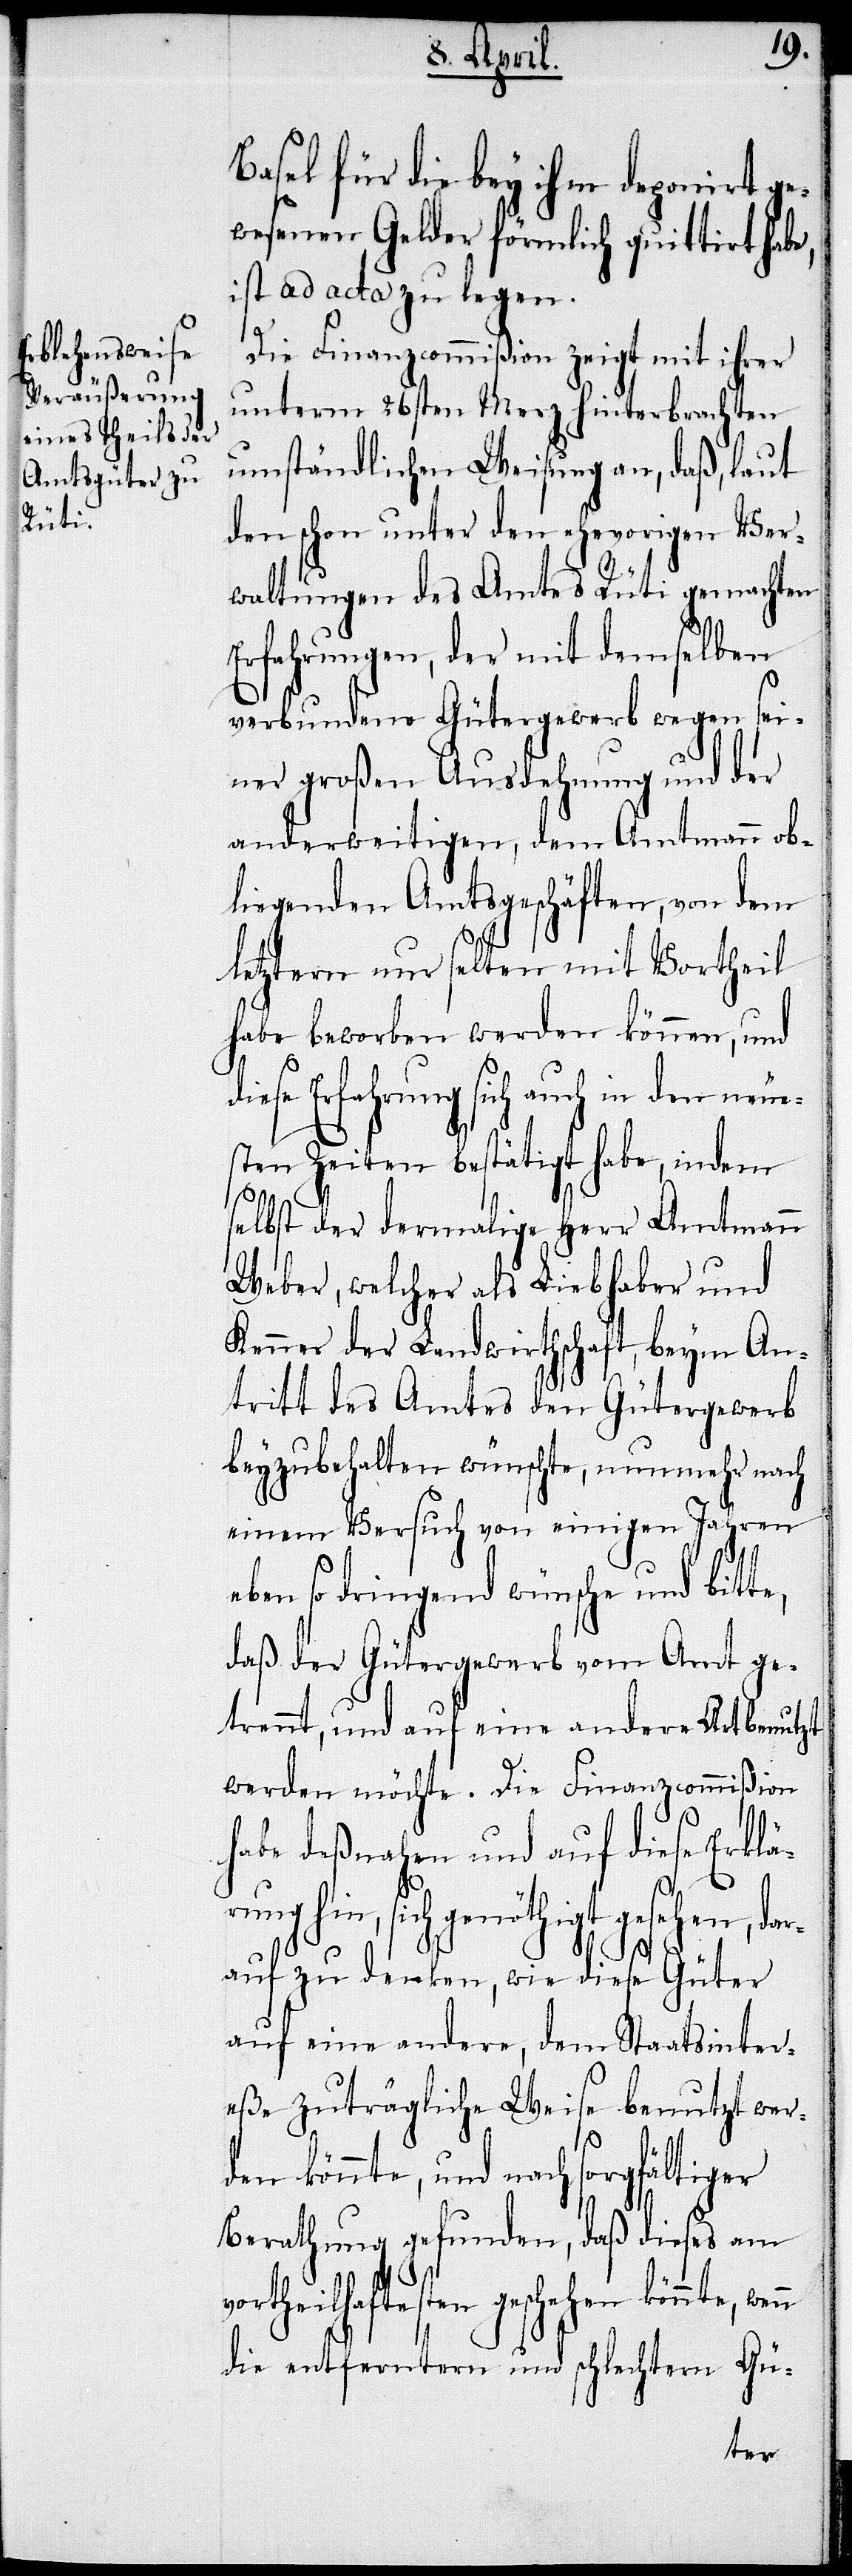
Basel für die bey ihm deponirt ge¬
wesenen Gelder förmlich quittirt habe,
ist ad acta zu legen.
Die Finanzcommißion zeigt mit ihrer
unterm 26sten Merz hinterbrachten
umständlichen Weisung an, daß, laut
den schon unter den ehevorigen Ver¬
waltungen des Amtes Rüti gemachten
Erfahrungen, der mit demselben
verbundene Gütergewerb wegen sei¬
ner großen Ausdehnung und der
anderweitigen, dem Amtmann ob¬
liegenden Amtsgeschäften, von dem
letztern nur selten mit Vortheil
habe beworben werden können, und
ese Erfahrung sich auch in den neu¬
sten Zeiten bestätigt habe, indem
selbst der dermalige Herr Amtmann
Weber, welcher als Liebhaber und
Kenner der Landwirthschaft, beym An¬
tritt des Amtes den Gütergewerb
beyzubehalten wünschte, nunmehr nach
einem Versuch von einigen Jahren
di¬
eben so dringend wünsche und bitte,
daß der Gütergewerb vom Amt ge¬
trennt, und auf eine andere Art benutzt
werden möchte. Die Finanzcommißion
habe deßnahen und auf diese Erklä¬
n
rung hin, sich genöthigt gesehen, dar¬
e¬
auf zu denken, wie diese Güter
auf eine andere, dem Staatsinter¬
eße zuträgliche Weise benutzt wer¬
den könnte, und nach sorgfältiger
Berathung gefunden, daß dieses am
vortheilhaftesten geschehen könnte, wen¬
die entferntern und schlechtern Gü-